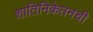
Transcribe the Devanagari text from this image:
शांतिनिकेतनची